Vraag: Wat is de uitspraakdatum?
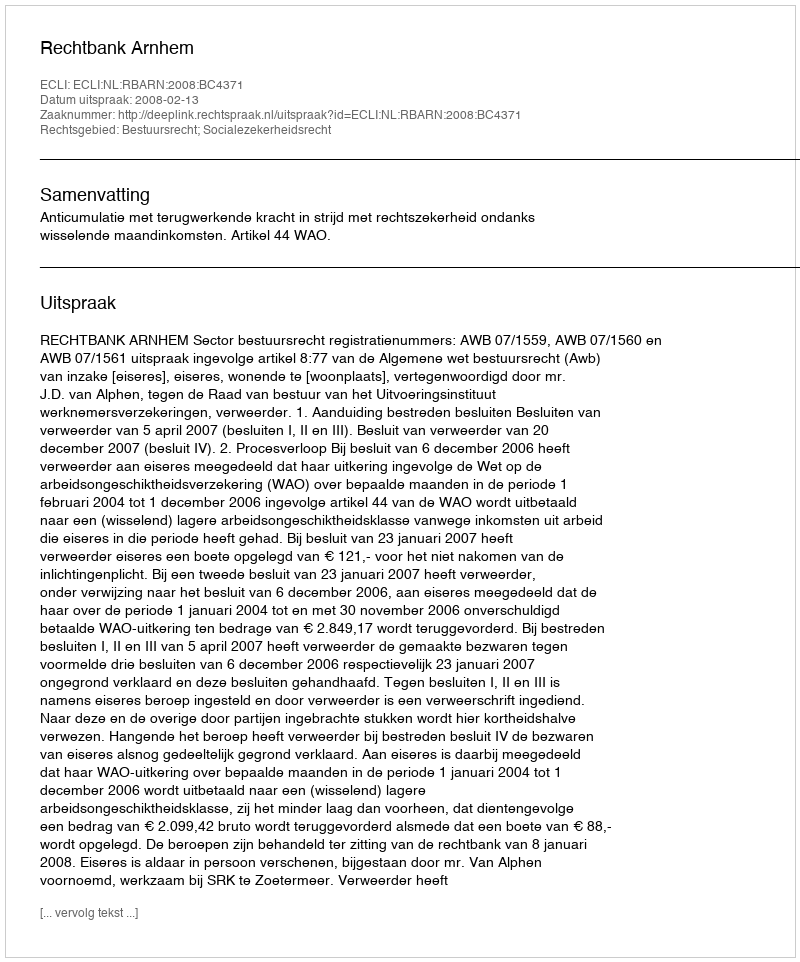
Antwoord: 2008-02-13